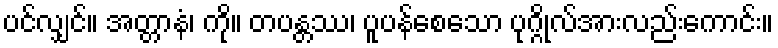
ပင်လျှင်။ အတ္တာနံ၊ ကို။ တပန္တဿ၊ ပူပန်စေသော ပုဂ္ဂိုလ်အားလည်းကောင်း။